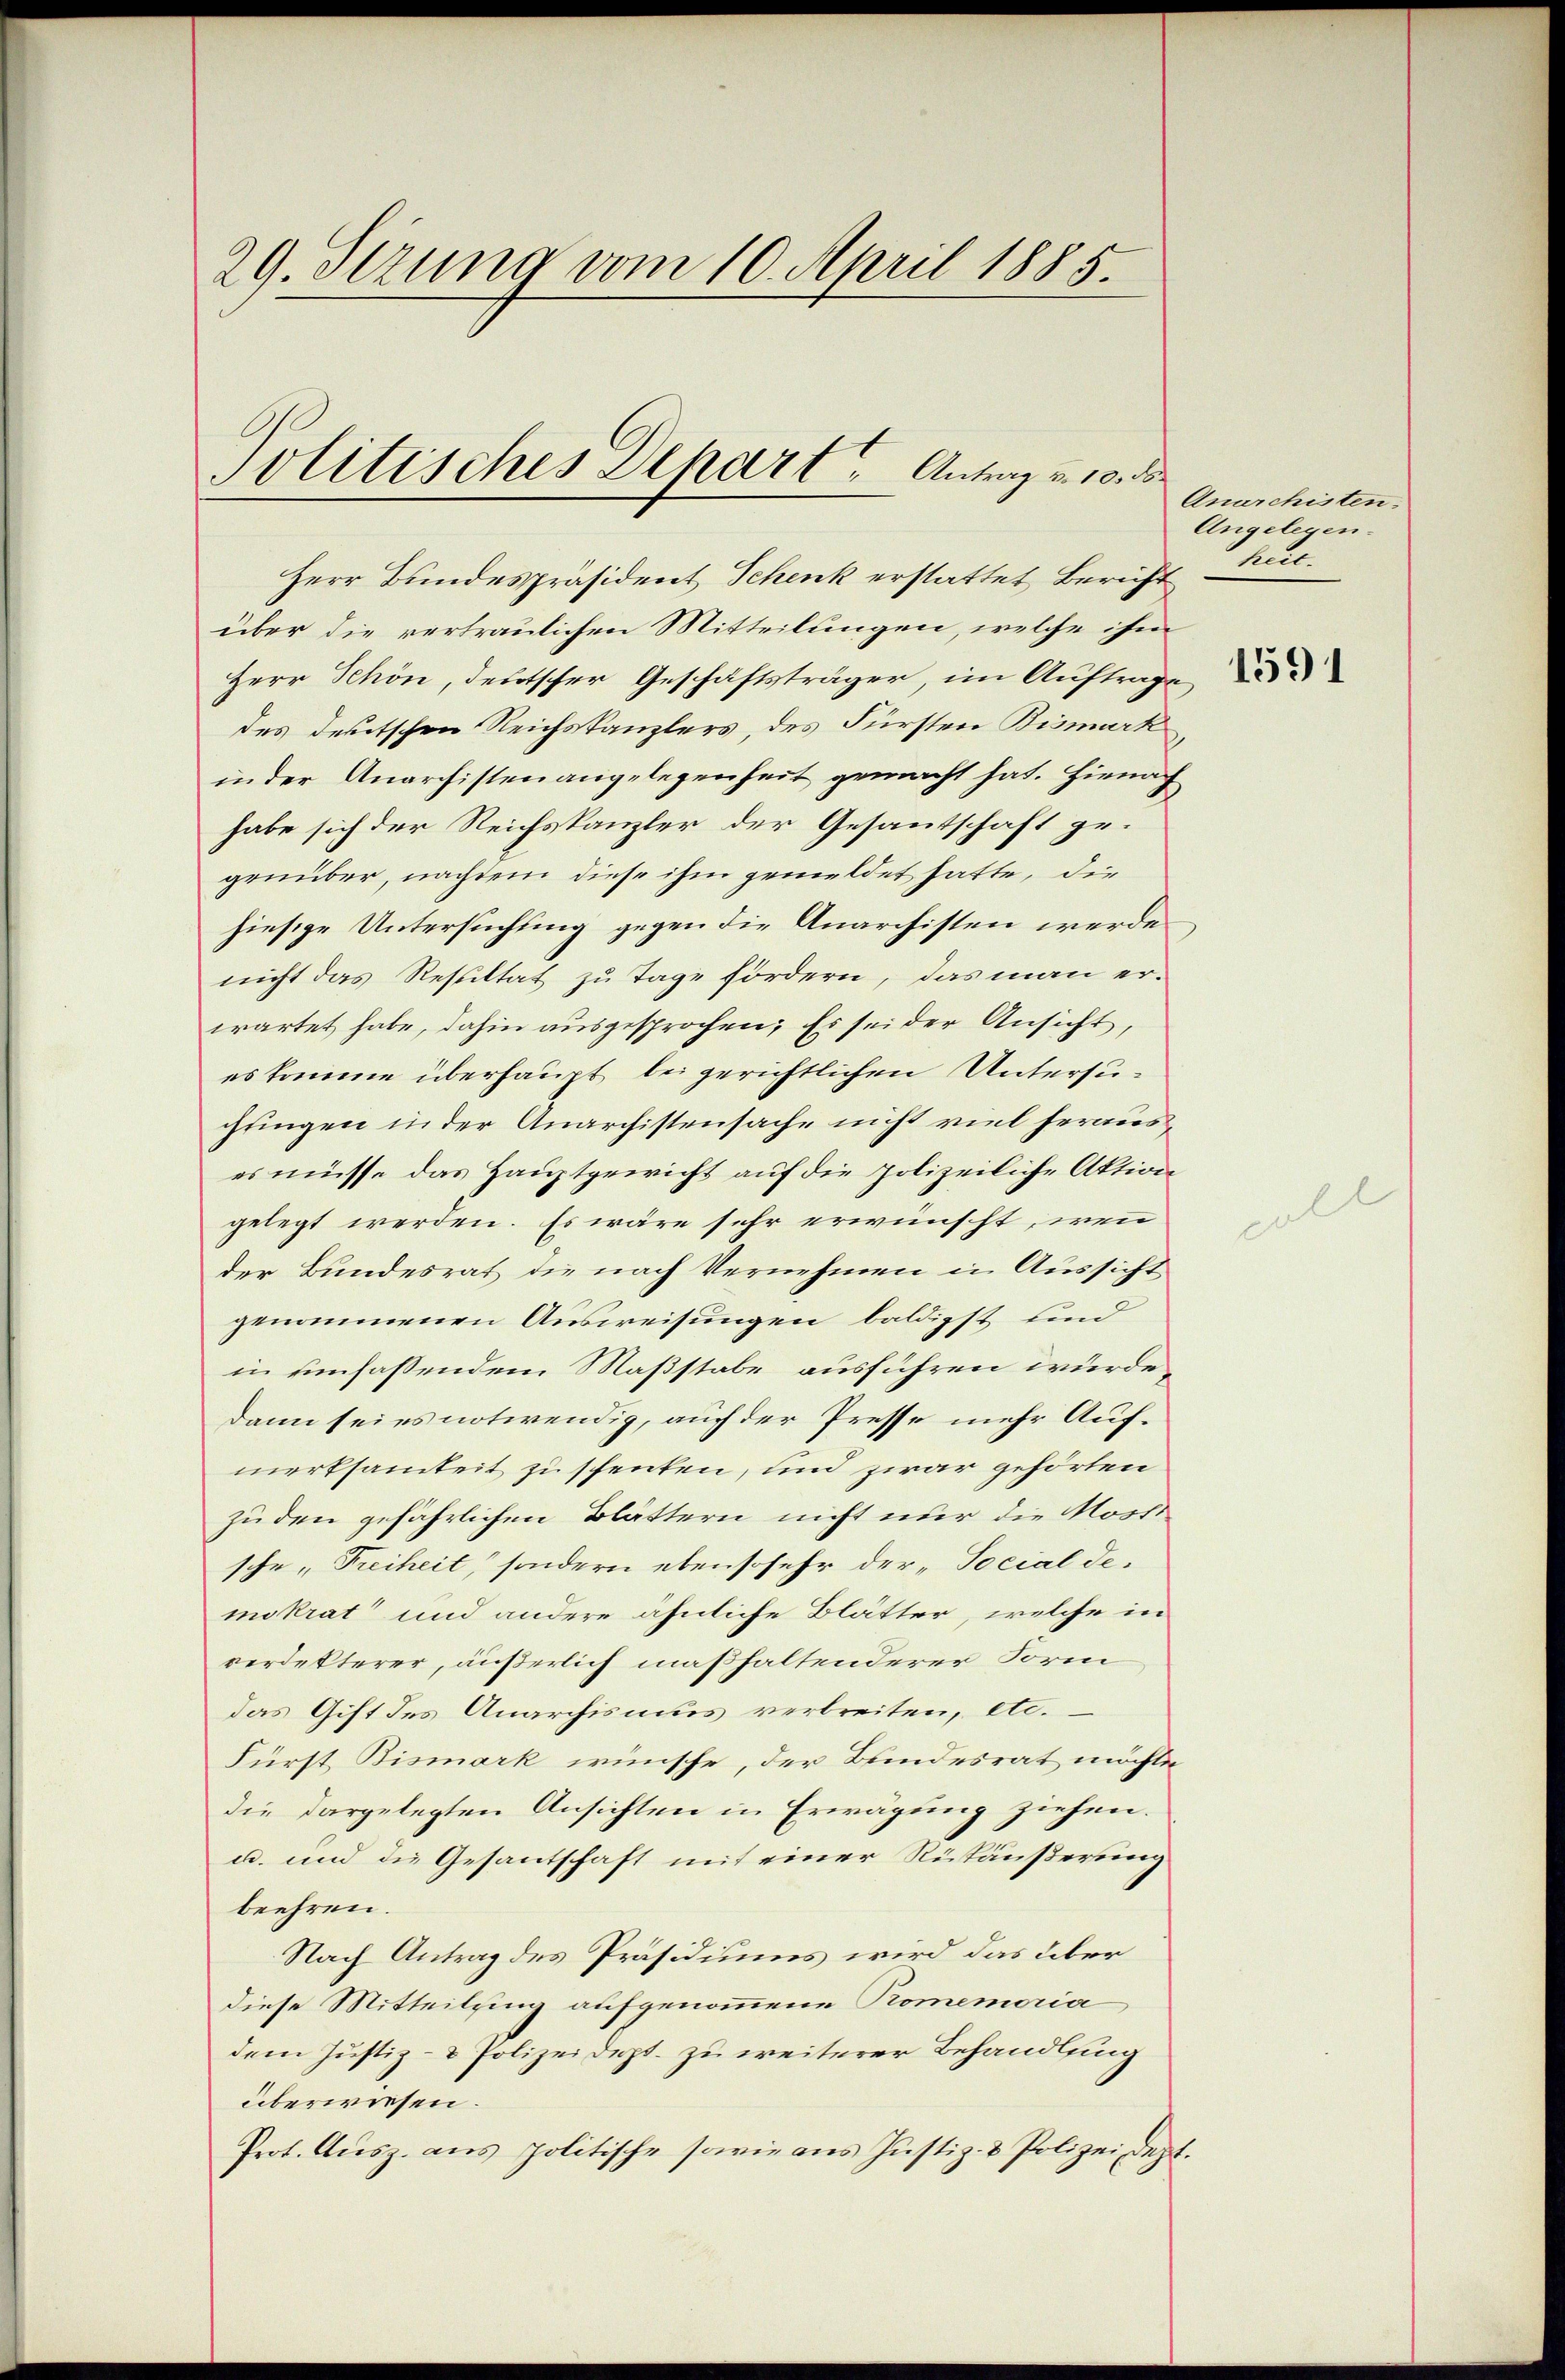
29. Sezung vom 10. April 1885.

Politisches Dekart Antrag u. 10. d

Herr Bundespräsident Schenk erstattet, Bericht
über die vertraulichen Mitteilungen, welche ihm
Herr Schön, deutscher Geschäftsträger im Auftrage,
des deutschen Reichskanzlers, des Fürsten Binnmark
in der Anarchistenangelegenheit gemacht hat. Hienach
habe sich der Reichskanzler der Gesantschaft gegenüber, nachdem diese ihm gemeldet hatte, die
hiesige Untersuchung gegen die Anarchisten werde.
nicht das Resultat zu Tage fördern, das man erwartet habe, dahin ausgesprochen; Es sei der Ansicht,
es komme überhaupt bei gerichtlichen Untersuchungen in der Anarchistensache nicht viel herauses müsse das Hauptgewicht auf die polizeiliche Aktion
gelegt werden. Es wäre sehr erwünscht, wenn
der Bundesrat die nach Vernehmen in Aussicht
genommenen Ausweisungen baldigst sind
in umfassendem Maßstabe ausführen würde.
dann sei es notwendig, auch der Presse mehr Aufmerksamkeit zu schenken, und zwar gehörten
zu den gefährlichen Blättern nicht nur die Morde
sche „Freiheit, sondern ebensosehr der „Social demokrat und andere ähnliche Blätter, welche in
rerdekterer, äußerlich maßhaltenderer Form
das Gift des Anarchismus verbreiten, etc.
Fürst Bismark wünsche, der Bundesrat möchte
die dargelegten Ansichten in Erwägung ziehen.
u. und die Gesantschaft mit einer Rückäußerung
beehren.
Nach Antrag des Präsidiums wird das über
diese Mitteilung aufgenommene Romemoria
dem Justiz- & Polizeidept. zu weiterer Behandlung
überwiesen.
Prot. Ausz. aus politische sowie aus Justiz- & Polizei dept.

Anarchisten.
Angelegen.
Mitt

1591